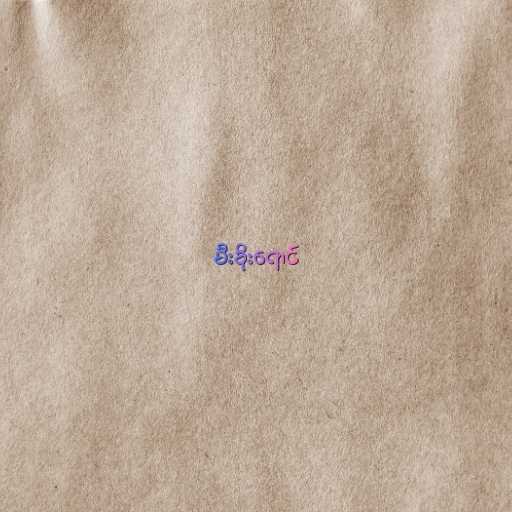
မီးခိုးရောင်